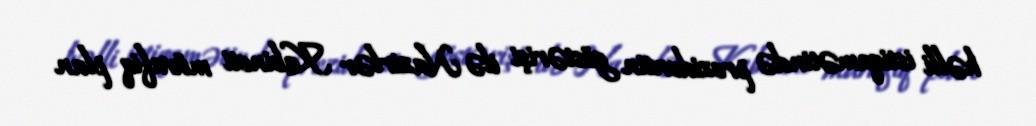
həlli istiqamətində prezidentin göstərişi ilə Nazirlər Kabineti müvafiq plan